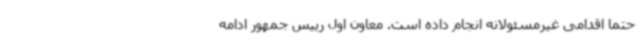
حتماً اقدامی غیرمسئولانه انجام داده است. معاون اول رییس جمهور ادامه